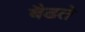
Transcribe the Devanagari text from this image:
बैढते